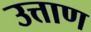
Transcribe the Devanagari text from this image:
उत्ताण